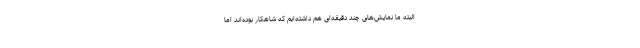
البته ما نمایش‌های چند دقیقه‌ای هم داشته‌ایم که شاهکار بوده‌اند اما